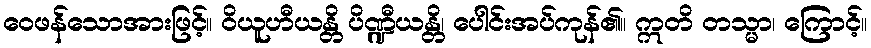
ဝေဖန်သောအားဖြင့်။ ဝိယူဟီယန္တိ ပိဏ္ဍီယန္တိ၊ ပေါင်းအပ်ကုန်၏။ ဣတိ တသ္မာ၊ ကြောင့်။